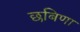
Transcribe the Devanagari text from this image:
छबिणा